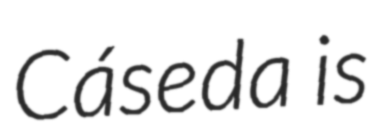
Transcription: Cáseda is